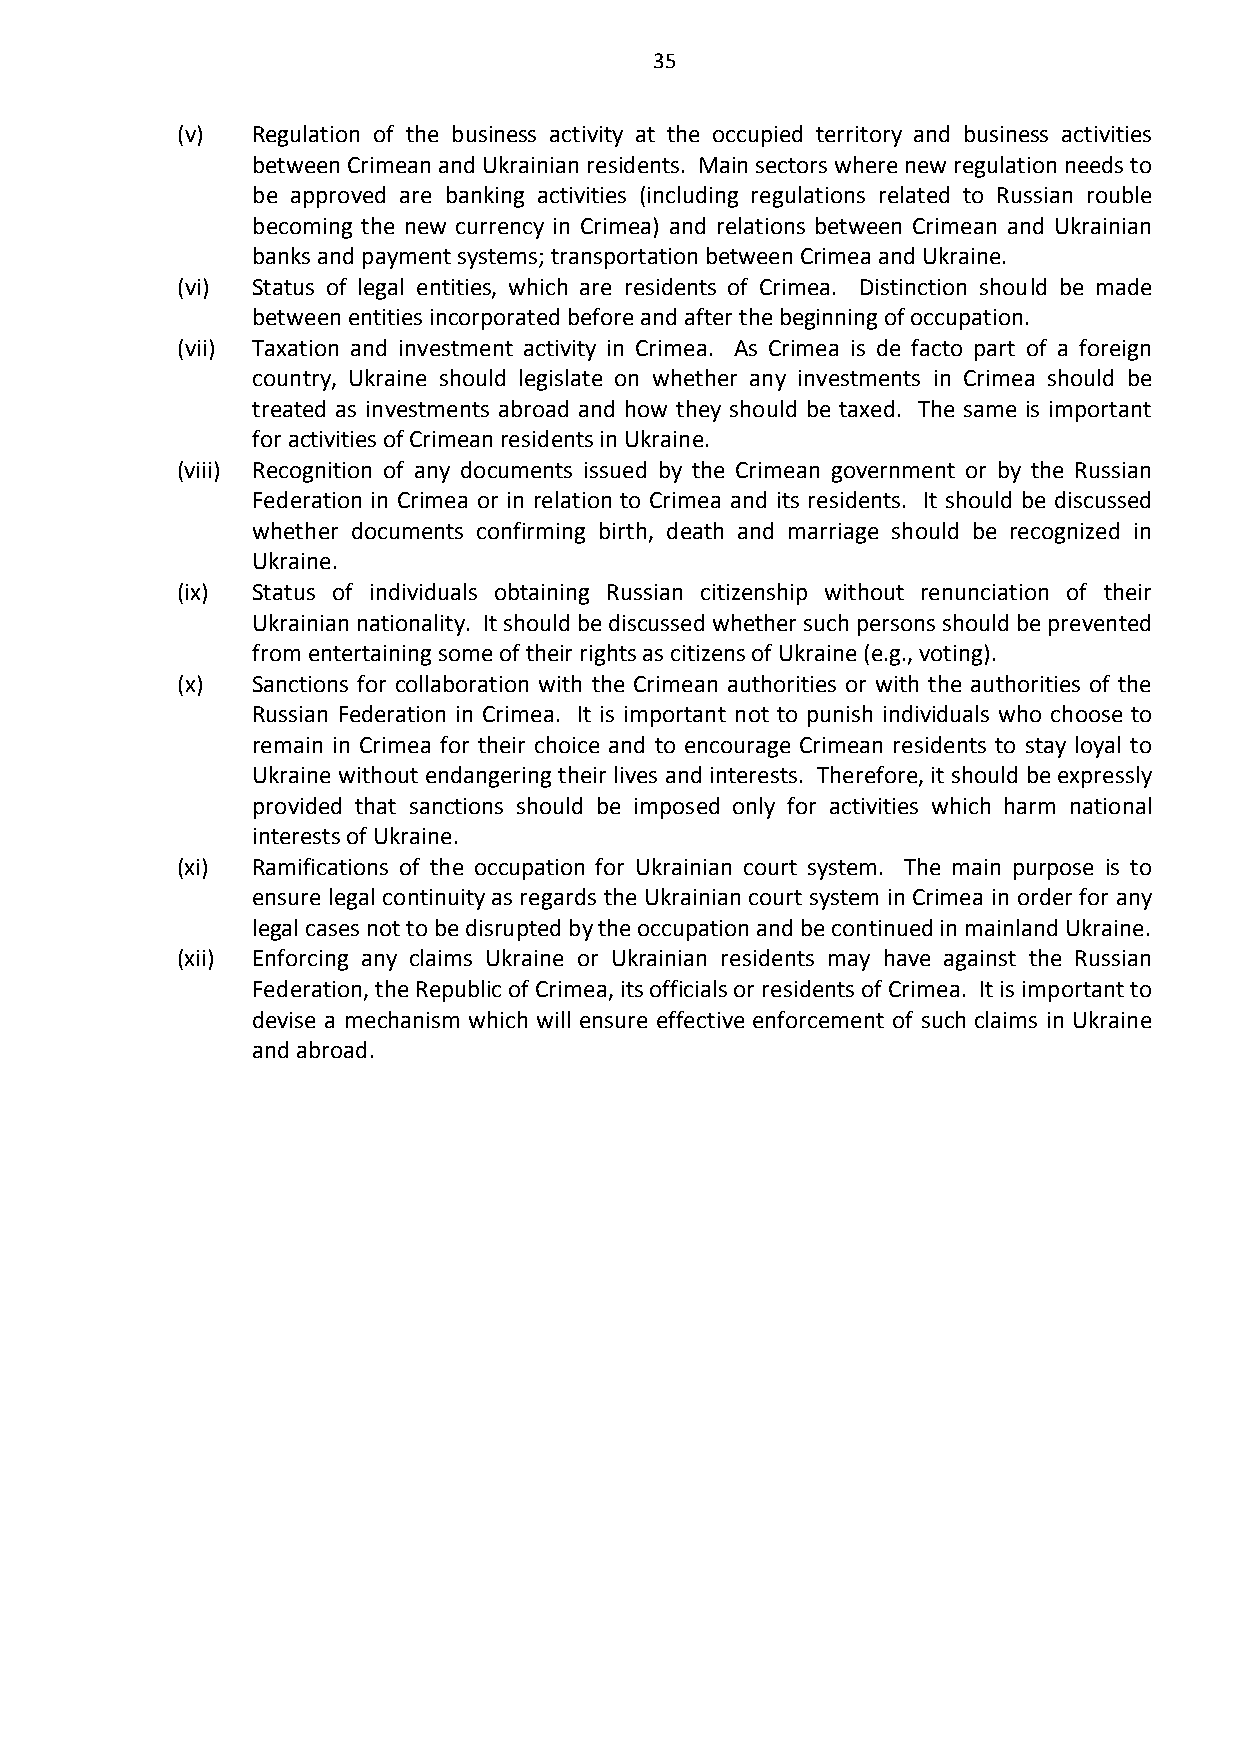
35
 (v)  Regulation of the business activity at the occupied territory and business activities
 between Crimean and Ukrainian residents. Main sectors where new regulation needs to
 be approved are banking activities (including regulations related to Russian rouble
 becoming the new currency in Crimea) and relations between Crimean and Ukrainian
 banks and payment systems; transportation between Crimea and Ukraine.
 (vi) Status of legal entities, which are residents of Crimea. Distinction should be made
 between entities incorporated before and after the beginning of occupation.
 (vii) Taxation and investment activity in Crimea. As Crimea is de facto part of a foreign
 country, Ukraine should legislate on whether any investments in Crimea should be
 treated as investments abroad and how they should be taxed. The same is important
 for activities of Crimean residents in Ukraine.
 (viii) Recognition of any documents issued by the Crimean government or by the Russian
 Federation in Crimea or in relation to Crimea and its residents. It should be discussed
 whether documents confirming birth, death and marriage should be recognized in
 Ukraine.
 (ix) Status of individuals obtaining Russian citizenship without renunciation of their
 Ukrainian nationality. It should be discussed whether such persons should be prevented
 from entertaining some of their rights as citizens of Ukraine (e.g., voting).
 (x)  Sanctions for collaboration with the Crimean authorities or with the authorities of the
 Russian Federation in Crimea. It is important not to punish individuals who choose to
 remain in Crimea for their choice and to encourage Crimean residents to stay loyal to
 Ukraine without endangering their lives and interests. Therefore, it should be expressly
 provided that sanctions should be imposed only for activities which harm national
 interests of Ukraine.
 (xi) Ramifications of the occupation for Ukrainian court system. The main purpose is to
 ensure legal continuity as regards the Ukrainian court system in Crimea in order for any
 legal cases not to be disrupted by the occupation and be continued in mainland Ukraine.
 (xii) Enforcing any claims Ukraine or Ukrainian residents may have against the Russian
 Federation, the Republic of Crimea, its officials or residents of Crimea. It is important to
 devise a mechanism which will ensure effective enforcement of such claims in Ukraine
 and abroad.